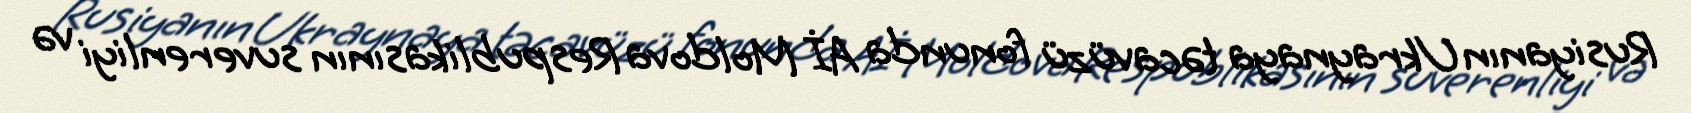
Rusiyanın Ukraynaya təcavüzü fonunda Aİ Moldova Respublikasının suverenliyi və